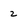
Character: 2